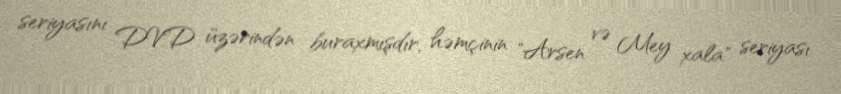
seriyasını DVD üzərindən buraxmışdır, həmçinin "Arsen və Mey xala" seriyası